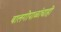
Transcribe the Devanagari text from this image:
बालगोपाळांचाही